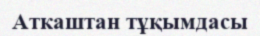
Аткаштан тұқымдасы